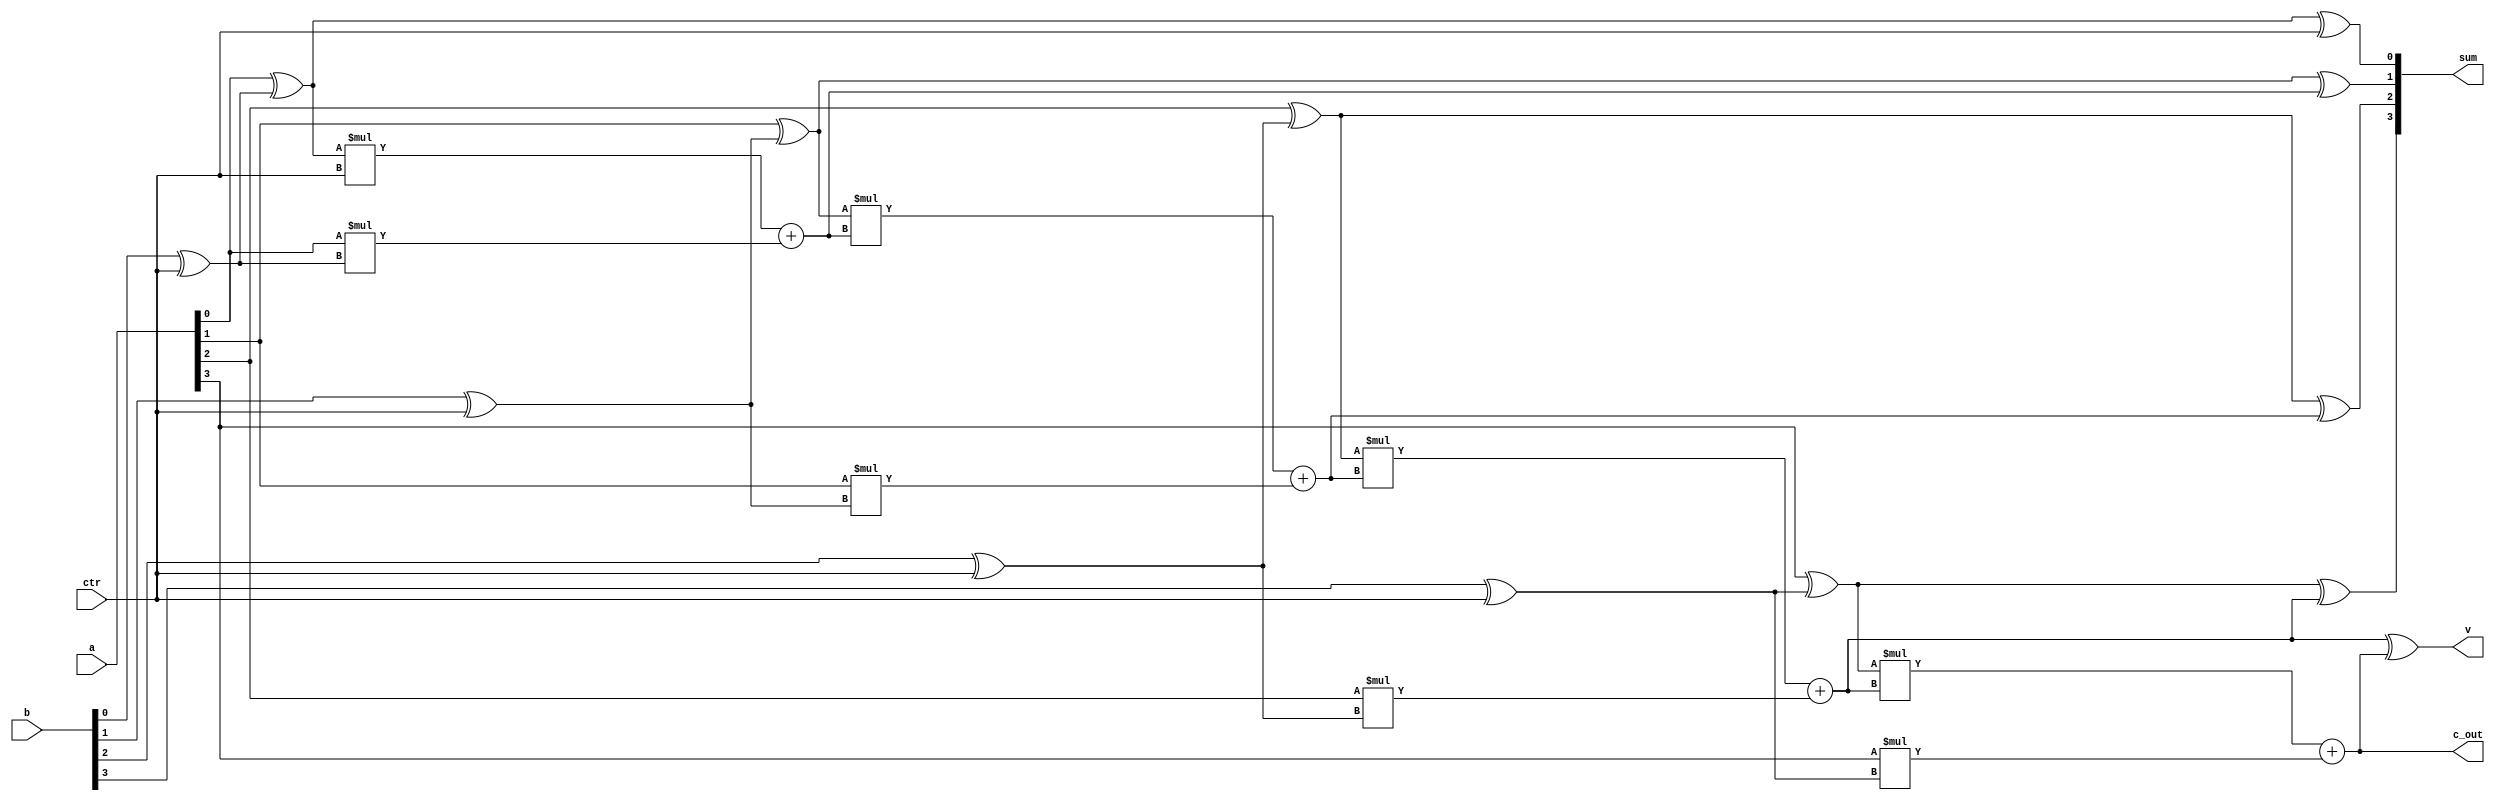

module Adder_4(sum,c_out,v,a,b,ctr);

	input [3:0]a ,b ;
	input ctr;
	output reg [3:0]sum ;
	output reg c_out,v;
	reg [3:0]kiwi;
	reg [2:0]pig;

	always @(a or b or ctr)
		begin
			kiwi[0] = b[0] ^ ctr ;
			kiwi[1] = b[1] ^ ctr ;
			kiwi[2] = b[2] ^ ctr ;
			kiwi[3] = b[3] ^ ctr ;
			pig[0] = (a[0]^kiwi[0]) * ctr + a[0]*kiwi[0] ;
			pig[1] = (a[1]^kiwi[1]) * pig[0] + a[1] * kiwi[1] ;
			pig[2] = (a[2]^kiwi[2]) * pig[1] + a[2] * kiwi[2] ;
			c_out = (a[3]^kiwi[3]) * pig[2] + a[3] * kiwi[3] ;
			sum[0] = a[0]^kiwi[0]^ctr;
			sum[1] = a[1]^kiwi[1]^pig[0];
			sum[2] = a[2]^kiwi[2]^pig[1];
			sum[3] = a[3]^kiwi[3]^pig[2];
	
	
				v = pig[2] ^ c_out ;

		end
	
endmodule	


module alu (overflow,alu_out,zero,src_a,src_b,opcode,clk,reset) ;


output overflow,zero ;
output [3:0]alu_out ;
input[3:0] src_a,src_b;
input[2:0]opcode ;
input clk, reset;
reg [3:0]alu_out ;
reg zero , overflow ;
wire fuck0,fuck1 ;
wire [3:0]fruit0 , fruit1;
wire co0 , co1;

Adder_4 pig(fruit0,co0,fuck0,src_a,src_b,opcode[0]);
Adder_4 kiwi(fruit1,co1,fuck1,src_a,src_b,opcode[0]);

always@(posedge clk)
	begin
		if (reset==1)
		begin alu_out=4'b0000 ; overflow=1'b0 ; zero=1'b1 ; end
		else if(opcode==3'b000)
		begin
			alu_out = 4'd0 ; zero = 1'b1 ; overflow = 1'b0 ;
		end
		else if (opcode==3'b001)
		begin
			alu_out = src_a & src_b ;  overflow = 1'b0 ;
			if (alu_out==4'b0000)
			begin zero=1'b1; end
			else zero=1'b0;
		end
		else if (opcode==3'b010)
		begin
			alu_out = src_a | src_b ;  overflow = 1'b0 ;
			if (alu_out==4'b0000)
			begin zero=1'b1; end
			else zero=1'b0;
		end
		else if (opcode==3'b011)
		begin
			if(src_a==0000)
			begin
				alu_out = src_a ; zero = 1'b1 ; overflow = 1'b0 ;
			end
			else
			begin
				alu_out = src_a ; zero = 1'b0 ; overflow = 1'b0 ;
			end
		end
		else if (opcode==3'b100)
		begin
			overflow = fuck0 ;
			alu_out = fruit0 ;
			if (fruit0==4'b0000)
			begin
				zero = 1'b1;
			end
			else
			begin
				zero = 1'b0;
			end
		end
		else if (opcode==3'b101)
		begin
			overflow = fuck1 ;
			alu_out = fruit1 ;
			if (fruit1==4'b0000)
			begin
				zero = 1'b1;
			end
			else
			begin
				zero = 1'b0;
			end

		end
		else if (opcode==3'b110)
		begin
			alu_out = src_a >> src_b ;
			
			if (alu_out==4'b0000)
				begin zero = 1'b1 ; overflow = 1'b0 ; end
			else 
				begin zero = 1'b0 ; overflow = 1'b0 ; end
		end
		else if (opcode==3'b111)
		begin
			alu_out = src_a << src_b;
			if (alu_out==4'b0000)
				begin zero = 1'b1 ; overflow = 1'b0 ; end
			else 
				begin zero = 1'b0 ; overflow = 1'b0 ;	end				
		end
	end



endmodule